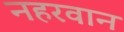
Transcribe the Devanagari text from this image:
नहरवान